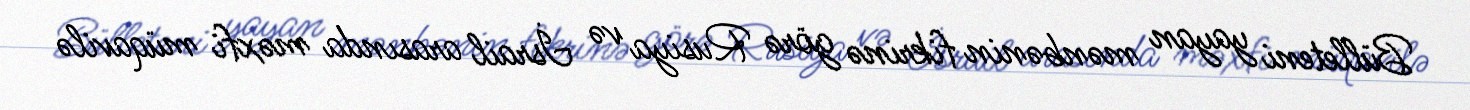
Bülleteni yayan mənbənin fikrinə görə Rusiya və İsrail arasında məxfi müqavilə